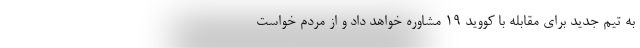
به تیم جدید برای مقابله با کووید ۱۹ مشاوره خواهد داد و از مردم خواست